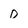
Character: D